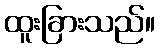
ထူးခြားသည်။